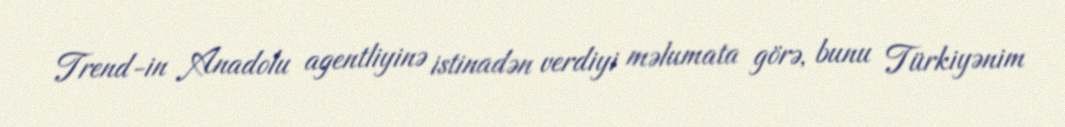
Trend-in Anadolu agentliyinə istinadən verdiyi məlumata görə, bunu Türkiyənim